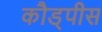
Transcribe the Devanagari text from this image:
कौड्पीस